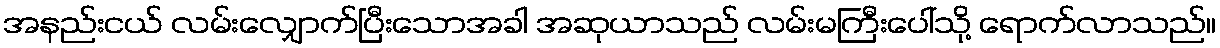
အနည်းငယ် လမ်းလျှောက်ပြီးသောအခါ အဆုယာသည် လမ်းမကြီးပေါ်သို့ ရောက်လာသည်။